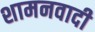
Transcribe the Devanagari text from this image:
शामनवादी